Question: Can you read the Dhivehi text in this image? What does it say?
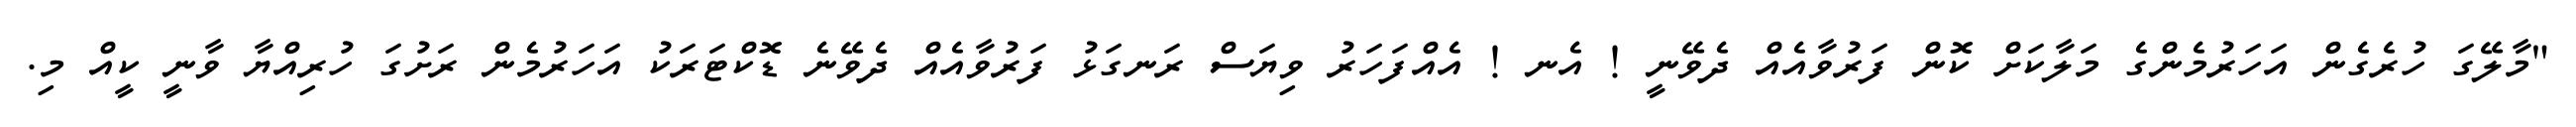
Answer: "މާލޭގަ ހުރެގެން އަހަރުމެންގެ މަލާކަށް ކޮން ފަރުވާއެއް ދެވޭނީ ! އެނ ! އެއްފަހަރު ވިޔަސް ރަނގަޅު ފަރުވާއެއް ދެވޭނެ ޑޮކްޓަރަކު އަހަރުމެން ރަށުގަ ހުރިއްޔާ ވާނީ ކީއް މި.